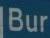
bur